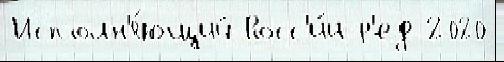
Исполн'я́ющий Росс'и́и р'ед 2020